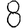
Digit: 8